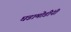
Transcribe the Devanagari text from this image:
घडामोडींनी